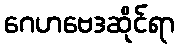
ဂေဟဗေဒဆိုင်ရာ